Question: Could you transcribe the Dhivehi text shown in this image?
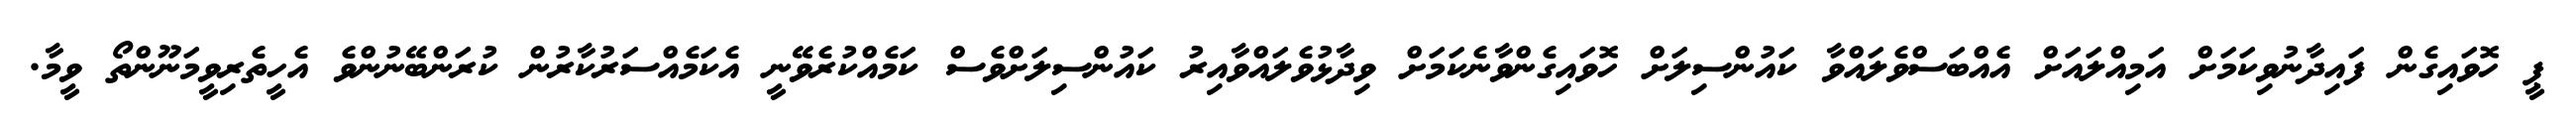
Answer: ޕީ ހޮވައިގެން ފައިދާނުވިކަމަށް އަމިއްލައަށް އެއްބަސްވެލައްވާ ކައުންސިލަށް ހޮވައިގެންވާނެކަމަށް ވިދާޅުވެލައްވާއިރު ކައުންސިލަށްވެސް ކަމެއްކުރެވޭނީ އެކަމެއްސަރުކާރުން ކުރަންބޭނުންވެ އެހީތެރިވީމަނޫންތޯ ވީމާ.